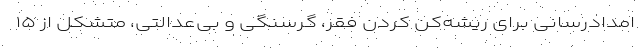
امدادرسانی برای ریشه‌کن کردن فقر، گرسنگی و بی‌عدالتی، متشکل از ۱۵